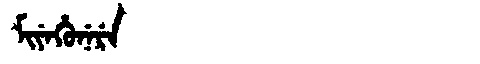
Manchu: ᠮᡳᠶᡝᡥᡠᠨᡝᡵᡝ
Romanization: MIYEHUNERE